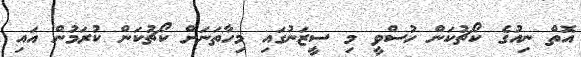
އޮތް ނިއުގެ ކޯޗުކަން ހުސްވީ މި ސީޒަނުގައި މިހާތަނަށް ކޯޗުކަން ކުރަމުން އައި